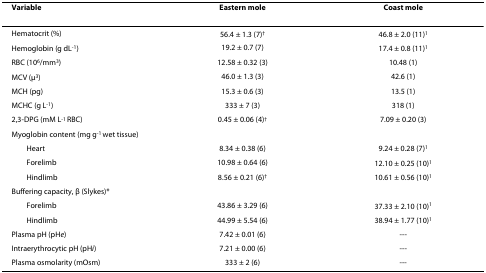
| Variable | Eastern mole | Coast mole |
 | --- | --- | --- |
 | Hematocrit (%) | 56.4 ± 1.3 (7)† | 46.8 ± 2.0 (11)1 |
 | Hemoglobin (g dL-1) | 19.2 ± 0.7 (7) | 17.4 ± 0.8 (11)1 |
 | RBC (106/mm3) | 12.58 ± 0.32 (3) | 10.48 (1) |
 | MCV (μ3) | 46.0 ± 1.3 (3) | 42.6 (1) |
 | MCH (pg) | 15.3 ± 0.6 (3) | 13.5 (1) |
 | MCHC (g L-1) | 333 ± 7 (3) | 318 (1) |
 | 2,3-DPG (mM L-1 RBC) | 0.45 ± 0.06 (4)† | 7.09 ± 0.20 (3) |
 | Myoglobin content (mg g-1 wet tissue) |  |  |
 | Heart | 8.34 ± 0.38 (6) | 9.24 ± 0.28 (7)1 |
 | Forelimb | 10.98 ± 0.64 (6) | 12.10 ± 0.25 (10)1 |
 | Hindlimb | 8.56 ± 0.21 (6)† | 10.61 ± 0.56 (10)1 |
 | Buffering capacity, β (Slykes)* |  |  |
 | Forelimb | 43.86 ± 3.29 (6) | 37.33 ± 2.10 (10)1 |
 | Hindlimb | 44.99 ± 5.54 (6) | 38.94 ± 1.77 (10)1 |
 | Plasma pH (pHe) | 7.42 ± 0.01 (6) | --- |
 | Intraerythrocytic pH (pHi) | 7.21 ± 0.00 (6) | --- |
 | Plasma osmolarity (mOsm) | 333 ± 2 (6) | --- |